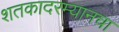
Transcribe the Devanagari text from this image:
शतकादरम्यानचा